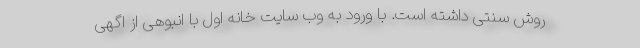
روش سنتی داشته است. با ورود به وب سایت خانه اول با انبوهی از اگهی